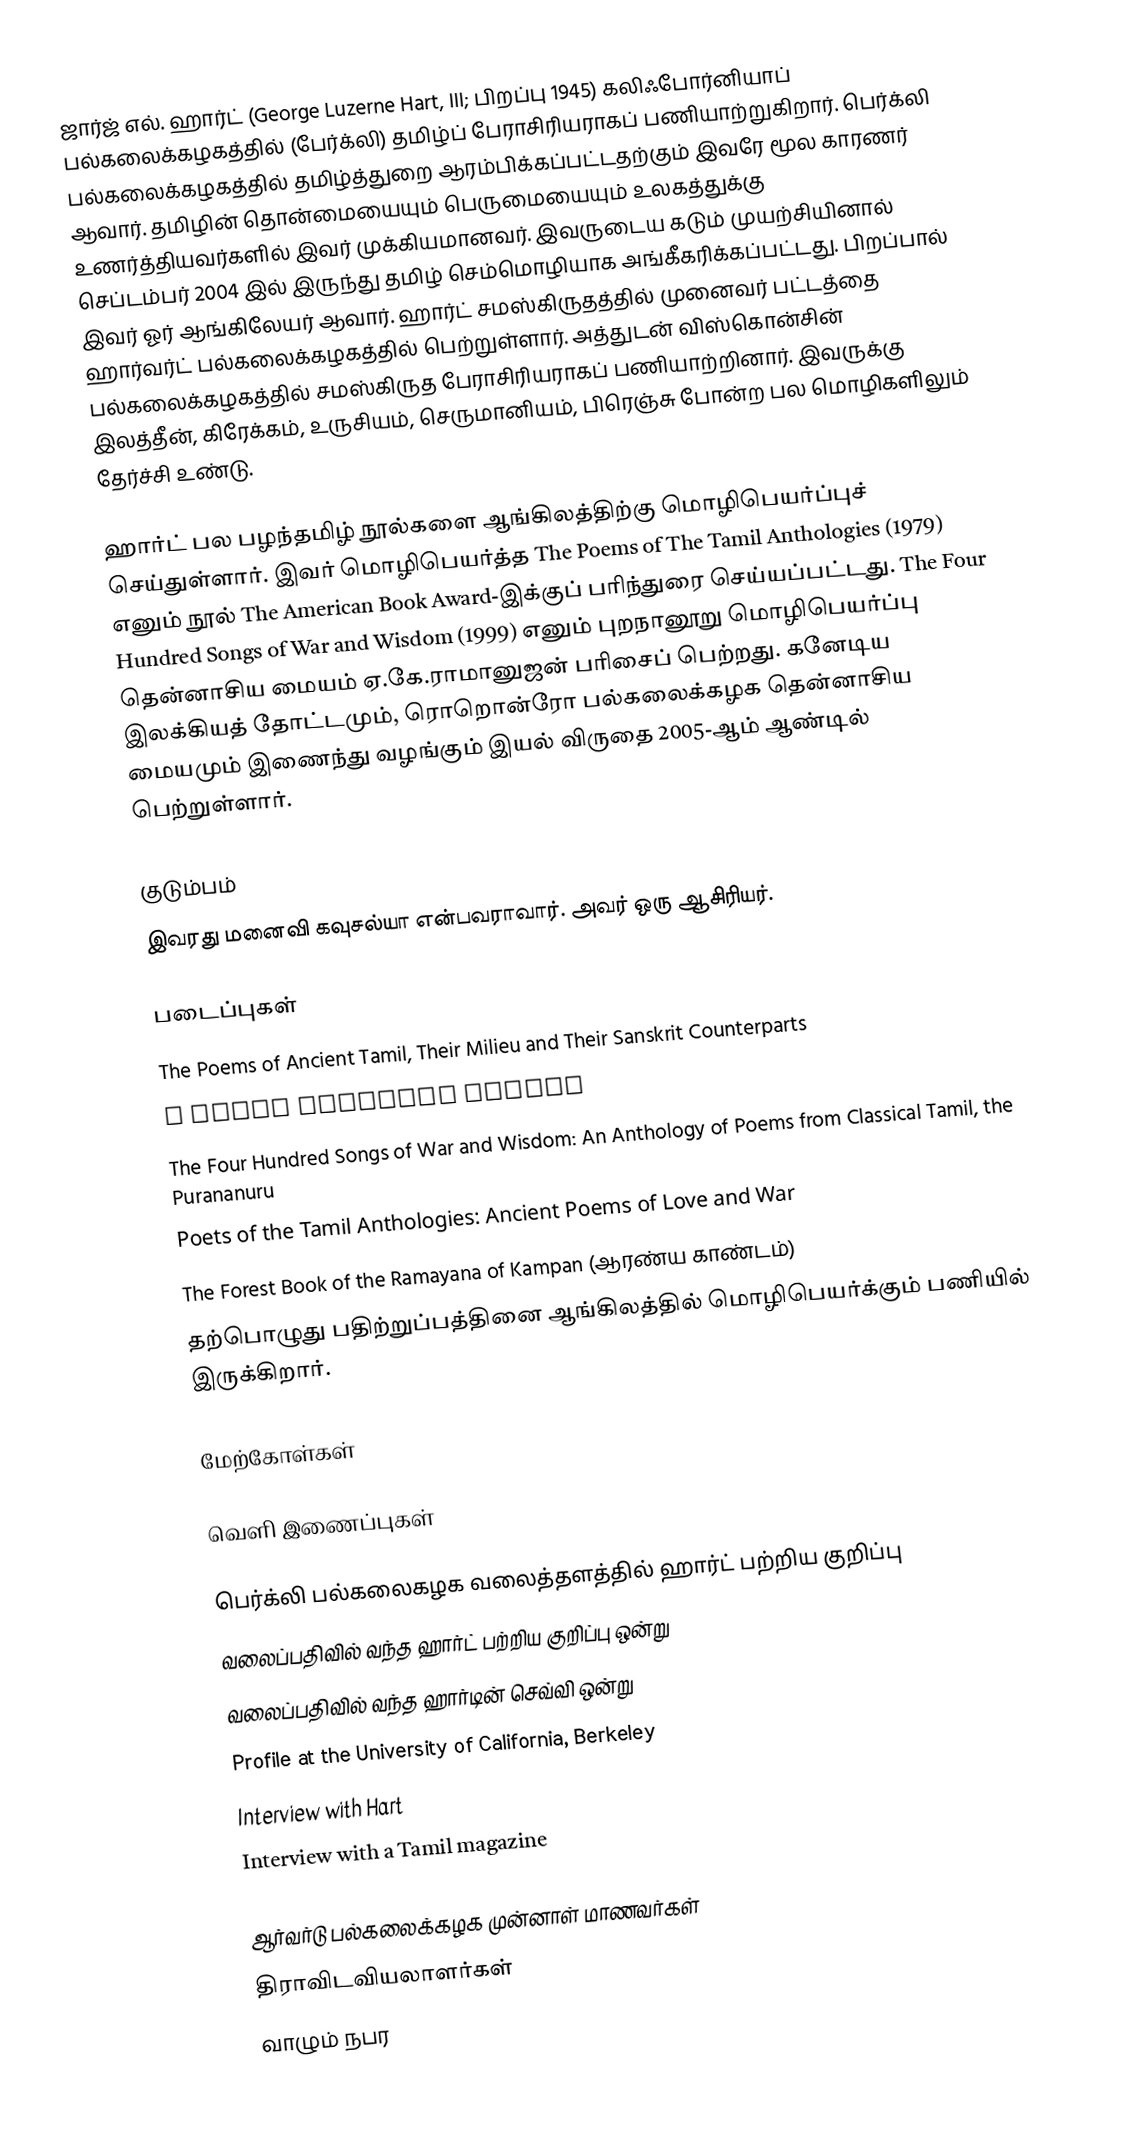
ஜார்ஜ் எல். ஹார்ட் (George Luzerne Hart, III; பிறப்பு  1945) கலிஃபோர்னியாப் பல்கலைக்கழகத்தில் (பேர்க்லி) தமிழ்ப் பேராசிரியராகப் பணியாற்றுகிறார். பெர்க்லி பல்கலைக்கழகத்தில் தமிழ்த்துறை ஆரம்பிக்கப்பட்டதற்கும் இவரே மூல காரணர் ஆவார். தமிழின் தொன்மையையும் பெருமையையும் உலகத்துக்கு உணர்த்தியவர்களில் இவர் முக்கியமானவர். இவருடைய கடும் முயற்சியினால் செப்டம்பர் 2004 இல் இருந்து தமிழ் செம்மொழியாக அங்கீகரிக்கப்பட்டது. பிறப்பால் இவர் ஓர் ஆங்கிலேயர் ஆவார். ஹார்ட் சமஸ்கிருதத்தில் முனைவர் பட்டத்தை ஹார்வர்ட் பல்கலைக்கழகத்தில் பெற்றுள்ளார். அத்துடன் விஸ்கொன்சின் பல்கலைக்கழகத்தில் சமஸ்கிருத பேராசிரியராகப் பணியாற்றினார். இவருக்கு இலத்தீன், கிரேக்கம், உருசியம், செருமானியம், பிரெஞ்சு போன்ற பல மொழிகளிலும் தேர்ச்சி உண்டு.

ஹார்ட் பல பழந்தமிழ் நூல்களை ஆங்கிலத்திற்கு மொழிபெயர்ப்புச் செய்துள்ளார். இவர் மொழிபெயர்த்த The Poems of The Tamil Anthologies (1979) எனும் நூல்  The American Book Award-இக்குப் பரிந்துரை செய்யப்பட்டது. The Four Hundred Songs of War and Wisdom (1999) எனும் புறநானூறு மொழிபெயர்ப்பு தென்னாசிய மையம் ஏ.கே.ராமானுஜன் பரிசைப் பெற்றது. கனேடிய இலக்கியத் தோட்டமும், ரொறொன்ரோ பல்கலைக்கழக தென்னாசிய மையமும் இணைந்து வழங்கும் இயல் விருதை 2005-ஆம் ஆண்டில் பெற்றுள்ளார்.

குடும்பம்
இவரது மனைவி கவுசல்யா என்பவராவார். அவர் ஒரு ஆசிரியர்.

படைப்புகள்
 The Poems of Ancient Tamil, Their Milieu and Their Sanskrit Counterparts
 A Rapid Sanskrit Method
 The Four Hundred Songs of War and Wisdom: An Anthology of Poems from Classical Tamil, the Purananuru
 Poets of the Tamil Anthologies: Ancient Poems of Love and War
 The Forest Book of the Ramayana of Kampan (ஆரண்ய காண்டம்)
 தற்பொழுது பதிற்றுப்பத்தினை ஆங்கிலத்தில் மொழிபெயர்க்கும் பணியில் இருக்கிறார்.

மேற்கோள்கள்

வெளி இணைப்புகள்

 பெர்க்லி பல்கலைகழக வலைத்தளத்தில் ஹார்ட் பற்றிய குறிப்பு
வலைப்பதிவில் வந்த ஹார்ட் பற்றிய குறிப்பு ஒன்று
வலைப்பதிவில் வந்த ஹார்டின் செவ்வி ஒன்று
 Profile at the University of California, Berkeley
 Interview with Hart
 Interview with a Tamil magazine

ஆர்வர்டு பல்கலைக்கழக முன்னாள் மாணவர்கள்
திராவிடவியலாளர்கள்
வாழும் நபர